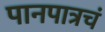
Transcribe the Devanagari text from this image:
पानपात्रचं